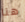
هنا